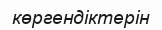
көргендіктерін